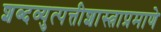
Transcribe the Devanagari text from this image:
शब्दव्युत्पत्तीशास्त्राप्रमाणे